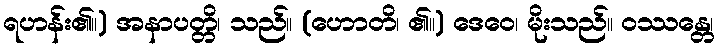
ရဟန်း၏။) အနာပတ္တိ၊ သည်။ (ဟောတိ၊ ၏။) ဒေဝေ၊ မိုးသည်။ ဝဿန္တေ၊